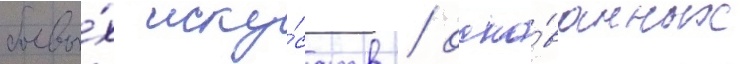
боевы́х иску́сств / осно́ванных